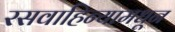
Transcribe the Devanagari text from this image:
रसवाहिन्यामधून